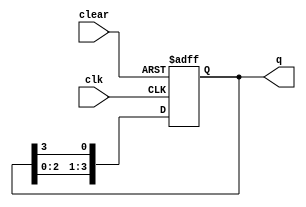
`timescale 1ns / 1ps
//////////////////////////////////////////////////////////////////////////////////
// Company: 
// Engineer: 
// 
// Design Name: 
// Module Name: ringcounter
// Project Name: 
// Target Devices: 
// Tool Versions: 
// Description: 
// 
// Dependencies: 
// 
// Revision:
// Revision 0.01 - File Created
// Additional Comments:
// 
//////////////////////////////////////////////////////////////////////////////////

module ringcounter (
  input wire clk,
  input wire clear,
  output wire[3:0] q
);

  reg[3:0] qreg;

  always @(negedge clk or negedge clear) begin
    if (!clear) begin
      qreg <= 4'b0001;
    end else begin
      qreg[3] <= qreg[2];
      qreg[2] <= qreg[1];
      qreg[1] <= qreg[0];
      qreg[0] <= qreg[3];
    end
  end

  assign q = qreg;

endmodule